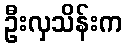
ဦးလှသိန်းက